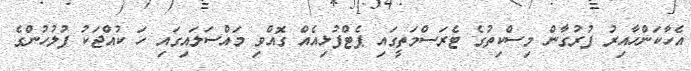
އެހާކަންހާއިރު ފުރުގާން މިސްކިތުގެ ޓެރަސްމަތީގައި ޕެޓްފުޅިއެއް ގޮއްވި މައްސަލައިގައި ހަ ކުއްޖަކު ފުލުހުންގެ